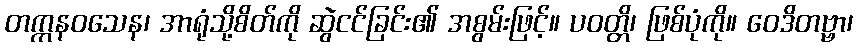
တက္ကနဝသေန၊ အာရုံသို့စိတ်ကို ဆွဲငင်ခြင်း၏ အစွမ်းဖြင့်။ ပဝတ္တိ၊ ဖြစ်ပုံကို။ ဝေဒိတဗ္ဗာ၊